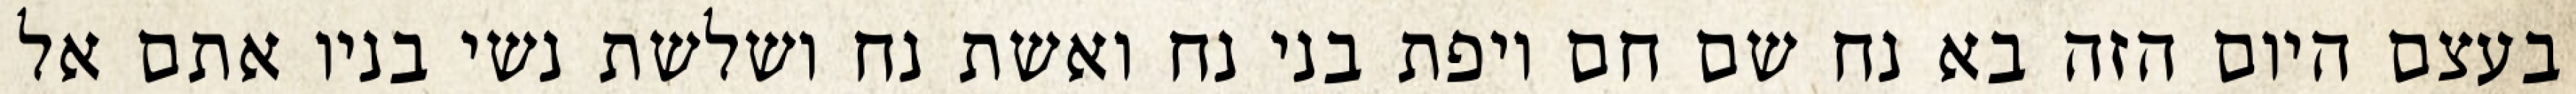
בעצם היום הזה בא נח שם חם ויפת בני נח ואשת נח ושלשת נשי בניו אתם אל